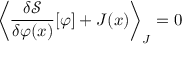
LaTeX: \left\langle { \frac { \delta { \mathcal { S } } } { \delta \varphi ( x ) } } [ \varphi ] + J ( x ) \right\rangle _ { J } = 0